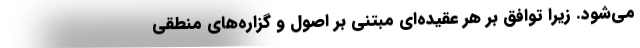
می‌شود. زیرا توافق بر هر عقیده‌ای مبتنی بر اصول و گزاره‌های منطقی